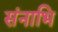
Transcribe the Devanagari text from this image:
संनाभि